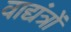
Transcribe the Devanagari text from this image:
वाद्यंत्रों